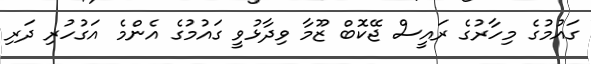
ގައުމުގެ މިހާރުގެ ރައީސް ޖޭކޮބް ޒޫމާ ވިދާޅުވީ ގައުމުގެ އެންމެ އަގުހުރި ދަރި